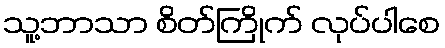
သူ့ဘာသာ စိတ်ကြိုက် လုပ်ပါစေ